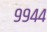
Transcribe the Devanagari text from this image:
९९४४